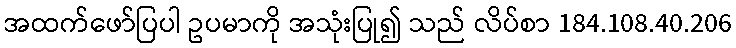
အထက်ဖော်ပြပါ ဥပမာကို အသုံးပြု၍ သည် လိပ်စာ 184.108.40.206